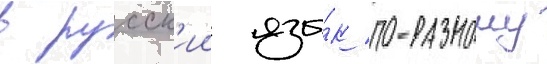
в русск'ии язы́к по-разному